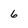
Character: 6